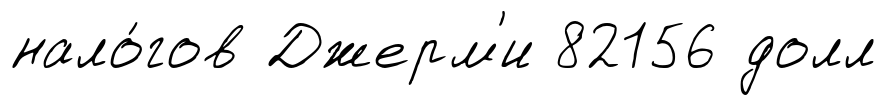
нало́гов Джерм'и 82156 долл